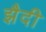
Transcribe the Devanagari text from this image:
झैदी